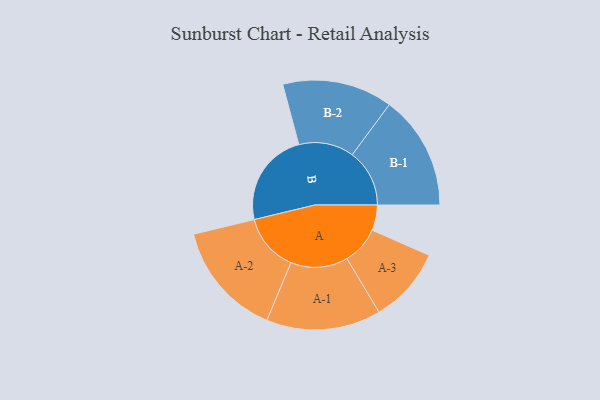
{"axis": {"x": "Segment", "y": "Value"}, "legend": ["", "A", "B"], "data": [{"x": "A", "y": 131, "type": ""}, {"x": "B", "y": 488, "type": ""}, {"x": "A-1", "y": 295, "type": "A"}, {"x": "A-2", "y": 297, "type": "A"}, {"x": "A-3", "y": 195, "type": "A"}, {"x": "B-1", "y": 295, "type": "B"}, {"x": "B-2", "y": 284, "type": "B"}]}